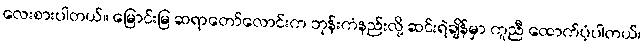
လေးစားပါတယ်။ မြောင်းမြ ဆရာတော်လောင်းက ဘုန်းကံနည်းလို့ ဆင်းရဲချိန်မှာ ကူညီ ထောက်ပံ့ပါတယ်၊